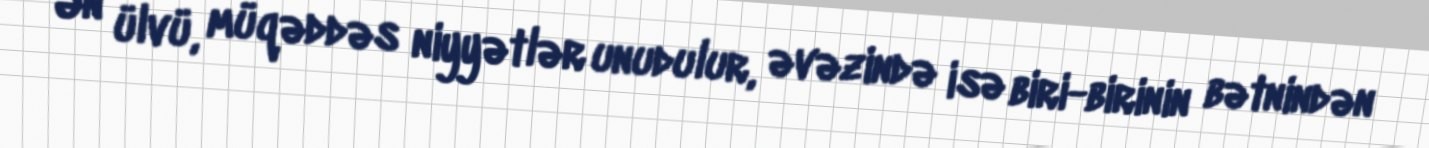
Ən ülvü, müqəddəs niyyətlər unudulur, əvəzində isə biri-birinin bətnindən